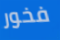
فخور